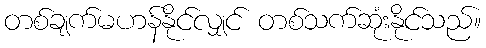
တစ်ချက်မဟန်နိုင်လျှင် တစ်သက်ဆုံးနိုင်သည်။